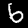
Digit: 6